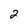
Character: 2